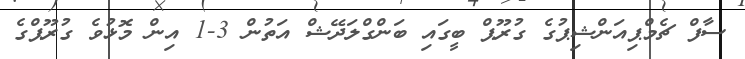
ސާފް ޗެމްޕިއަންޝިޕުގެ ގުރޫޕް ބީގައި ބަންގްލަދޭޝް އަތުން 3-1 އިން މޮޅުވެ ގުރޫޕްގެ